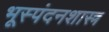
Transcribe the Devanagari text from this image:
भूस्पंदनशास्त्र